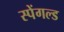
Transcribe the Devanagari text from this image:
स्पेंगल्ड